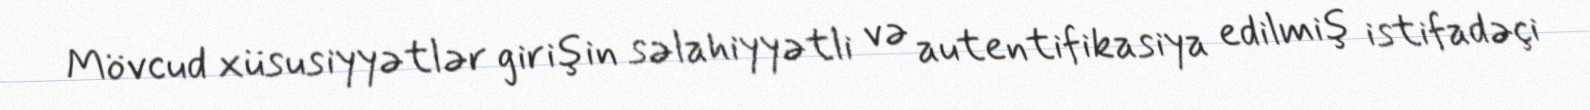
Mövcud xüsusiyyətlər girişin səlahiyyətli və autentifikasiya edilmiş istifadəçi